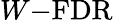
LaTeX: W{\mathrm{-FDR}}